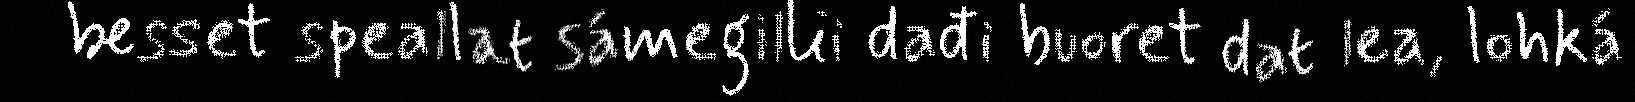
besset speallat sámegillii dađi buoret dat lea, lohká